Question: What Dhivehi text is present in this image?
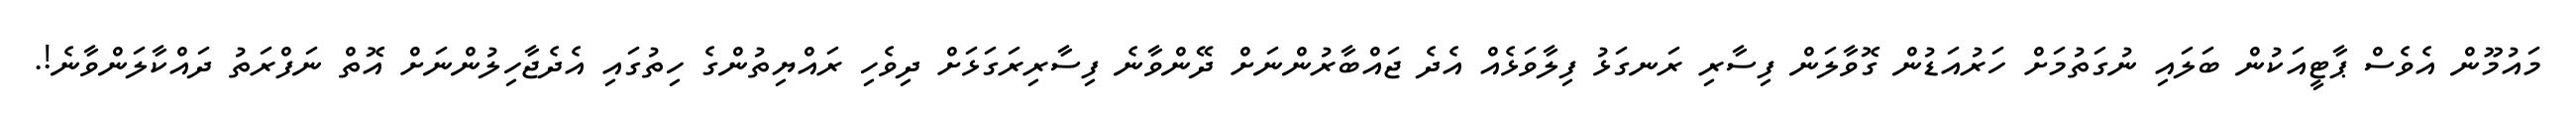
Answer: މައުމޫން އެވެސް ޕާޓީއަކުން ބަލައި ނުގަތުމަށް ހަރުއަޑުން ގޮވާލަން ފިސާރި ރަނގަޅު ފިލާވަޅެއް އެދެ ޖައްބާރުންނަށް ދޭންވާނެ ފިސާރިރަގަޅަށް ދިވެހި ރައްޔިތުންގެ ހިތުގައި އެދެޖާހިލުންނަށް އޮތް ނަފްރަތު ދައްކާލަންވާނެ!.